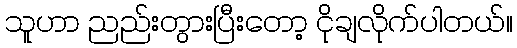
သူဟာ ညည်းတွားပြီးတော့ ငိုချလိုက်ပါတယ်။